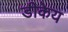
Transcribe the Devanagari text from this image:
डीकेय